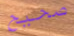
صحيح